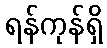
ရန်ကုန်ရှိ